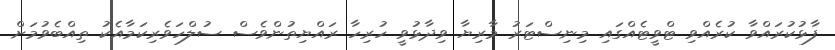
ފާޅުކުރައްވާ ކުރެެއްވި ޓްވީޓެއްގައި މިނިސްޓަރު މާރިޔާ ވިދާޅުވީ ހުރިހާ ރައްޔިތުންވެސް ސުލްހަވެރިކަމާއެކު ތިއްބެވުމަށް